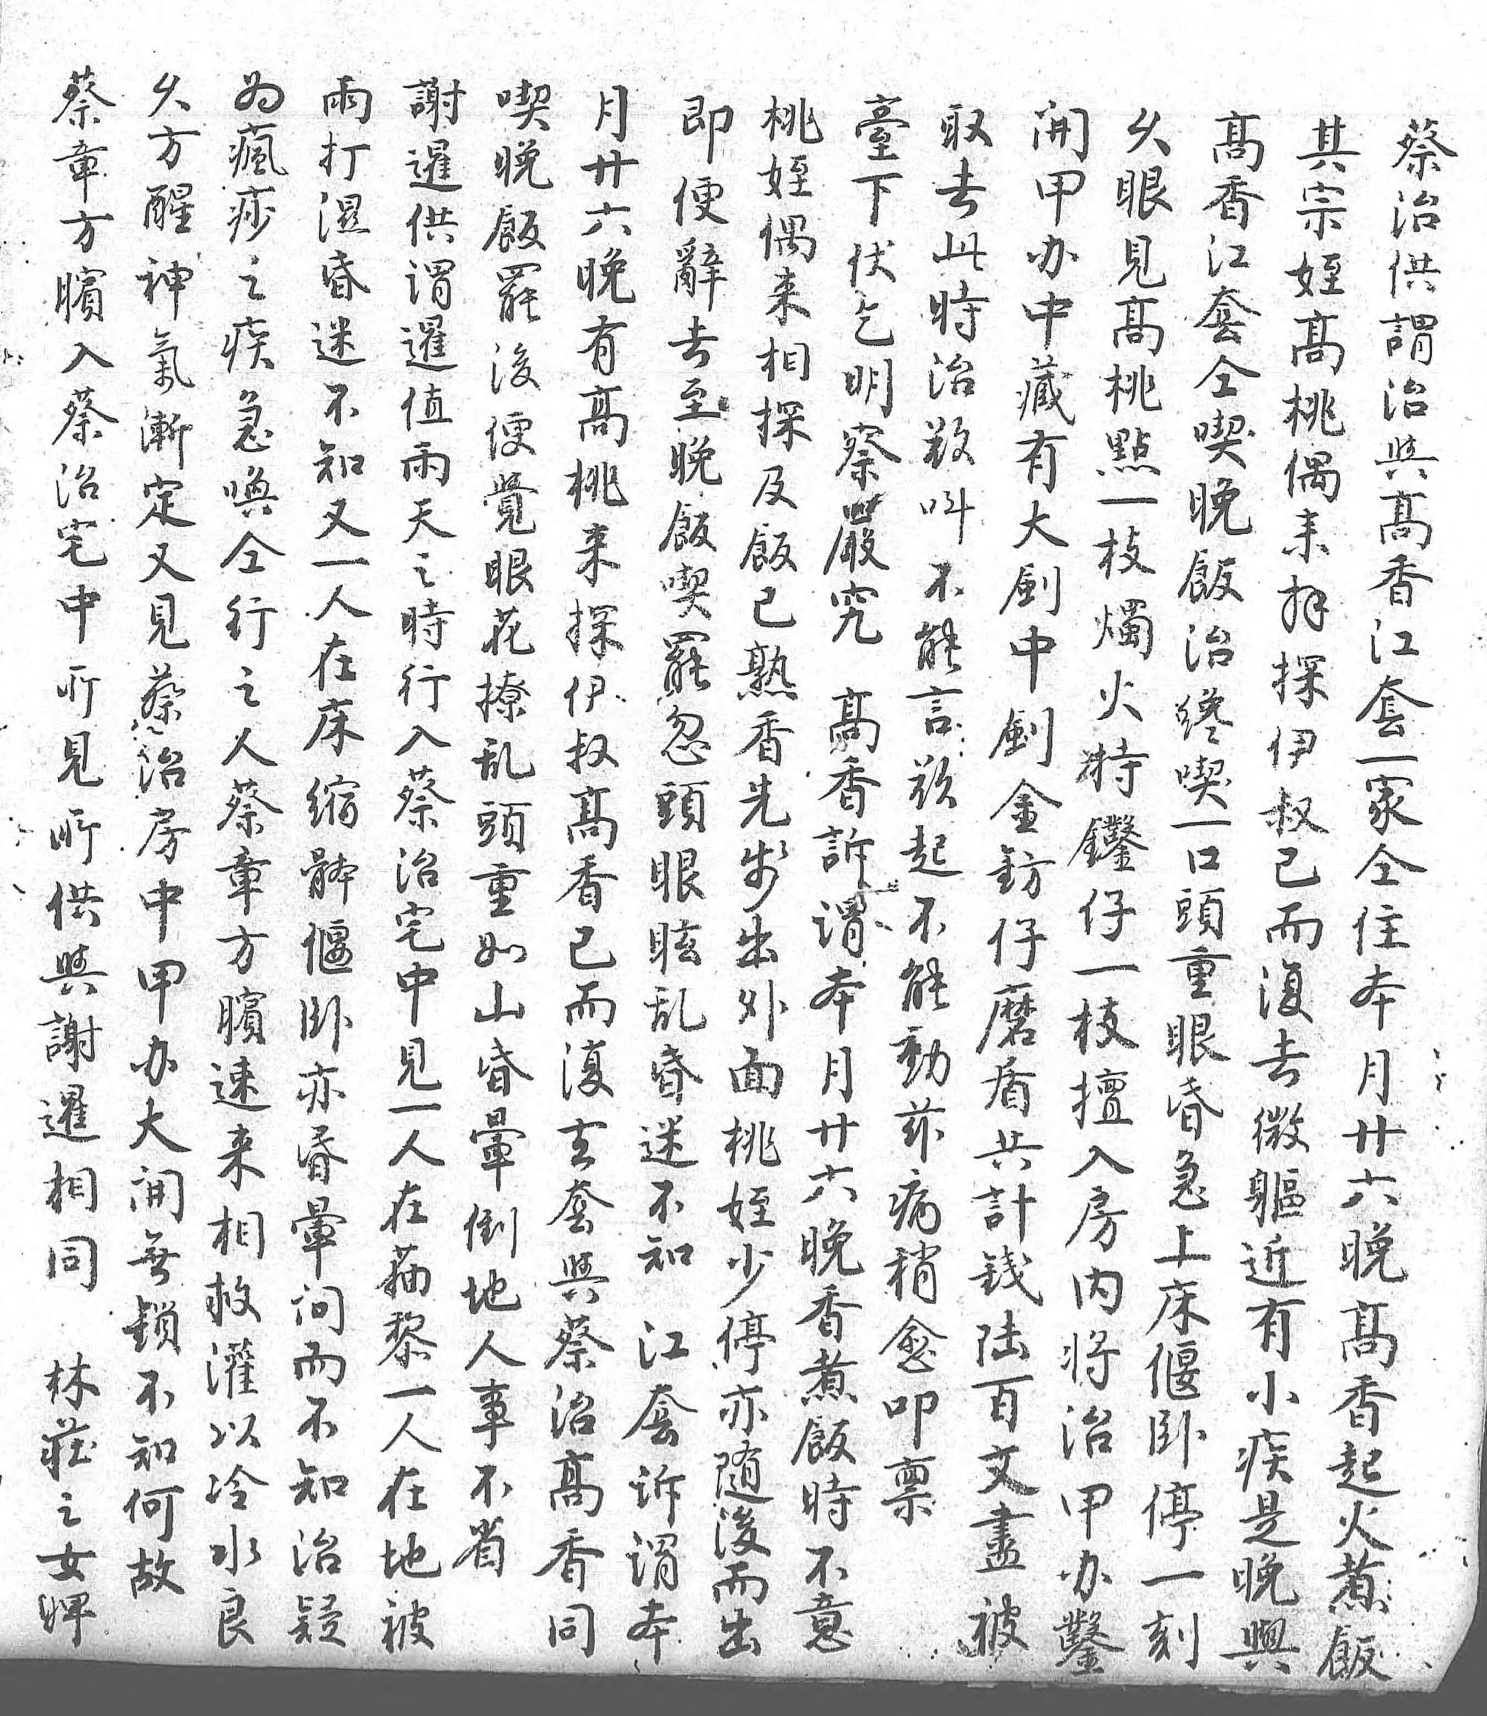
蔡久爲雨謝月喫即取桃開久臺其高蔡章方瘋打暹廿晚便去侄甲眼下宗香治方醒痧濕供六飯辭此偶辦見伏侄江供臏神之昏謂晚罷去時來中高乞高套謂入氣疾迷暹有後至治相藏桃明桃仝治蔡漸急不值高便晚欲探有點察偶喫與治定唤知雨桃覺飯叫及大一嚴來晚高宅又仝又天來眼喫不飯劍枝究拜飯香中見行一之探花罷能已中燭高探治江所蔡之人時伊撩忽言熟劍火香伊才套見治人在行叔亂頭欲香金持訴叔喫一所房蔡床入高頭眼起先鈁鑿謂已一家供中章縮蔡香重眩不步仔仔本而口仝與甲方體治已如亂能出磨一月復頭住謝辦臏偃宅而山昏動外盾枝廿去重本暹大速卧中復昏迷兹面共擅六微眼月相開來亦見去暈不病桃計入晚軀昏廿同無相昏一套倒知稍侄錢房香近急六林鎖救暈人與地 愈少陸内煮有上晚莊不灌問在蔡人江叩停百將飯小床高之知以而貓治事套禀亦文治時疾偃香女何冷不黎高不訴 隨盡甲不是卧起婢故水知一香省謂 後被辦意晚停火  良治人同 本 而 鑿 與一煮   疑在    出    刻飯    地               被